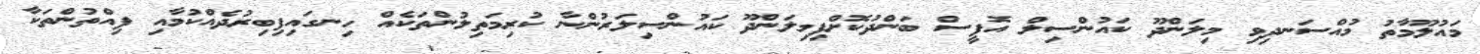
މައުލޫމާތު މުއްސަނދިވި މިލަންދޫ ކައުންސިލް އޮފީސް ބަންދުކޮށްފިމިލަންދޫ ކައުންސިލަރުންނާ ކުރިމަތިލުންތަކެއް ހިނގައިފިބިރުދެއްކުމާއި ފިއްތުންތަކާ